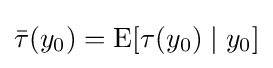
{\bar {\tau }}(y_{0})=\operatorname {E} [\tau (y_{0})\mid y_{0}]